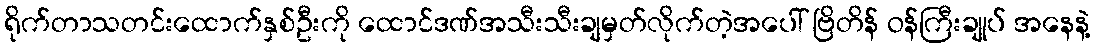
ရိုက်တာသတင်းထောက်နှစ်ဦးကို ထောင်ဒဏ်အသီးသီးချမှတ်လိုက်တဲ့အပေါ် ဗြိတိန် ဝန်ကြီးချုပ် အနေနဲ့